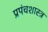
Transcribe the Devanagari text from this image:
प्रपंचशास्त्र